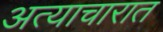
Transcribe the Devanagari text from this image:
अत्याचारात